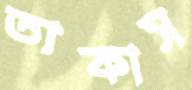
তাকাস